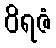
ဝိရဇံ